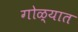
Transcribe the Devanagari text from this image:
गोळ्यात